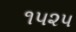
૧૫૨૫